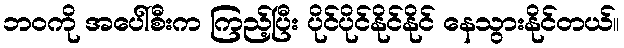
ဘဝကို အပေါ်စီးက ကြည့်ပြီး ပိုင်ပိုင်နိုင်နိုင် နေသွားနိုင်တယ်။